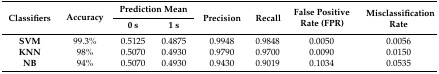
| <ROWSPAN=2> Classifiers | <ROWSPAN=2> Accuracy | <COLSPAN=2> Prediction Mean | <ROWSPAN=2> Precision | <ROWSPAN=2> Recall | <ROWSPAN=2> False Positive Rate (FPR) | <ROWSPAN=2> Misclassification Rate |
 | 0 s | 1 s |
 | --- | --- | --- | --- | --- | --- | --- | --- |
 | SVM | 99.3% | 0.5125 | 0.4875 | 0.9948 | 0.9848 | 0.0050 | 0.0056 |
 | KNN | 98% | 0.5070 | 0.4930 | 0.9790 | 0.9700 | 0.0090 | 0.0150 |
 | NB | 94% | 0.5070 | 0.4930 | 0.9430 | 0.9019 | 0.1034 | 0.0535 |